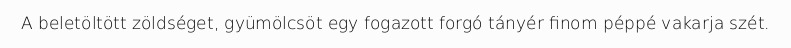
A beletöltött zöldséget, gyümölcsöt egy fogazott forgó tányér finom péppé vakarja szét.